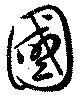
国